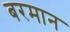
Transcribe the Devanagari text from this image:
बरमान